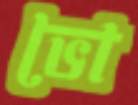
ভো